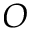
O